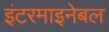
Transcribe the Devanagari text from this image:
इंटरमाइनेबल